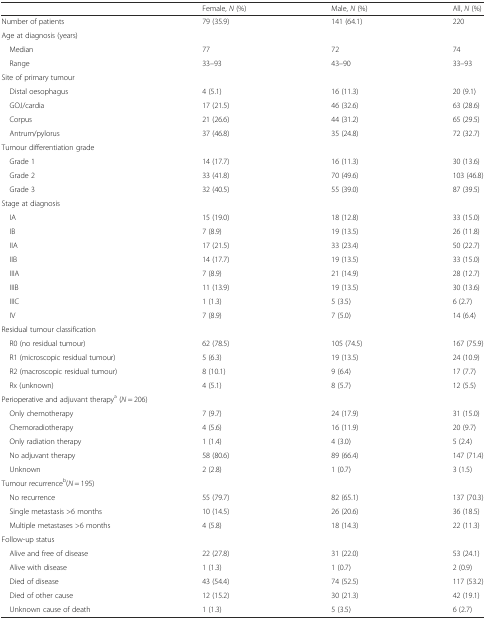
<table><thead><tr><td></td><td><b>Female, <i>N</i> (%)</b></td><td><b>Male, <i>N</i> (%)</b></td><td><b>All, <i>N</i> (%)</b></td></tr></thead><tbody><tr><td>Number of patients</td><td>79 (35.9)</td><td>141 (64.1)</td><td>220</td></tr><tr><td colspan="4">Age at diagnosis (years)</td></tr><tr><td> Median</td><td>77</td><td>72</td><td>74</td></tr><tr><td> Range</td><td>33–93</td><td>43–90</td><td>33–93</td></tr><tr><td colspan="4">Site of primary tumour</td></tr><tr><td> Distal oesophagus</td><td>4 (5.1)</td><td>16 (11.3)</td><td>20 (9.1)</td></tr><tr><td> GOJ/cardia</td><td>17 (21.5)</td><td>46 (32.6)</td><td>63 (28.6)</td></tr><tr><td> Corpus</td><td>21 (26.6)</td><td>44 (31.2)</td><td>65 (29.5)</td></tr><tr><td> Antrum/pylorus</td><td>37 (46.8)</td><td>35 (24.8)</td><td>72 (32.7)</td></tr><tr><td colspan="4">Tumour differentiation grade</td></tr><tr><td> Grade 1</td><td>14 (17.7)</td><td>16 (11.3)</td><td>30 (13.6)</td></tr><tr><td> Grade 2</td><td>33 (41.8)</td><td>70 (49.6)</td><td>103 (46.8)</td></tr><tr><td> Grade 3</td><td>32 (40.5)</td><td>55 (39.0)</td><td>87 (39.5)</td></tr><tr><td colspan="4">Stage at diagnosis</td></tr><tr><td> IA</td><td>15 (19.0)</td><td>18 (12.8)</td><td>33 (15.0)</td></tr><tr><td> IB</td><td>7 (8.9)</td><td>19 (13.5)</td><td>26 (11.8)</td></tr><tr><td> IIA</td><td>17 (21.5)</td><td>33 (23.4)</td><td>50 (22.7)</td></tr><tr><td> IIB</td><td>14 (17.7)</td><td>19 (13.5)</td><td>33 (15.0)</td></tr><tr><td> IIIA</td><td>7 (8.9)</td><td>21 (14.9)</td><td>28 (12.7)</td></tr><tr><td> IIIB</td><td>11 (13.9)</td><td>19 (13.5)</td><td>30 (13.6)</td></tr><tr><td> IIIC</td><td>1 (1.3)</td><td>5 (3.5)</td><td>6 (2.7)</td></tr><tr><td> IV</td><td>7 (8.9)</td><td>7 (5.0)</td><td>14 (6.4)</td></tr><tr><td colspan="4">Residual tumour classification</td></tr><tr><td> R0 (no residual tumour)</td><td>62 (78.5)</td><td>105 (74.5)</td><td>167 (75.9)</td></tr><tr><td> R1 (microscopic residual tumour)</td><td>5 (6.3)</td><td>19 (13.5)</td><td>24 (10.9)</td></tr><tr><td> R2 (macroscopic residual tumour)</td><td>8 (10.1)</td><td>9 (6.4)</td><td>17 (7.7)</td></tr><tr><td> Rx (unknown)</td><td>4 (5.1)</td><td>8 (5.7)</td><td>12 (5.5)</td></tr><tr><td colspan="4">Perioperative and adjuvant therapy<sup>a</sup> (<i>N</i> = 206)</td></tr><tr><td> Only chemotherapy</td><td>7 (9.7)</td><td>24 (17.9)</td><td>31 (15.0)</td></tr><tr><td> Chemoradiotherapy</td><td>4 (5.6)</td><td>16 (11.9)</td><td>20 (9.7)</td></tr><tr><td> Only radiation therapy</td><td>1 (1.4)</td><td>4 (3.0)</td><td>5 (2.4)</td></tr><tr><td> No adjuvant therapy</td><td>58 (80.6)</td><td>89 (66.4)</td><td>147 (71.4)</td></tr><tr><td> Unknown</td><td>2 (2.8)</td><td>1 (0.7)</td><td>3 (1.5)</td></tr><tr><td colspan="4">Tumour recurrence<sup>b</sup>(<i>N</i> = 195)</td></tr><tr><td> No recurrence</td><td>55 (79.7)</td><td>82 (65.1)</td><td>137 (70.3)</td></tr><tr><td> Single metastasis &gt;6 months</td><td>10 (14.5)</td><td>26 (20.6)</td><td>36 (18.5)</td></tr><tr><td> Multiple metastases &gt;6 months</td><td>4 (5.8)</td><td>18 (14.3)</td><td>22 (11.3)</td></tr><tr><td colspan="4">Follow-up status</td></tr><tr><td> Alive and free of disease</td><td>22 (27.8)</td><td>31 (22.0)</td><td>53 (24.1)</td></tr><tr><td> Alive with disease</td><td>1 (1.3)</td><td>1 (0.7)</td><td>2 (0.9)</td></tr><tr><td> Died of disease</td><td>43 (54.4)</td><td>74 (52.5)</td><td>117 (53.2)</td></tr><tr><td> Died of other cause</td><td>12 (15.2)</td><td>30 (21.3)</td><td>42 (19.1)</td></tr><tr><td> Unknown cause of death</td><td>1 (1.3)</td><td>5 (3.5)</td><td>6 (2.7)</td></tr></tbody></table>